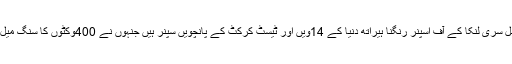
اس سے قبل سری لنکا کے آف اسپنر رنگنا ہیراتھ دنیا کے 14ویں اور ٹیسٹ کرکٹ کے پانچویں سپنر ہیں جنہوں نے 400وکٹوں کا سنگ میل عبور کیا۔